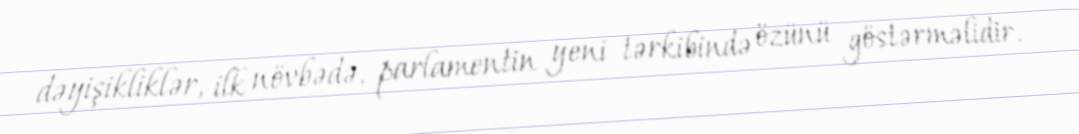
dəyişikliklər, ilk növbədə, parlamentin yeni tərkibində özünü göstərməlidir.